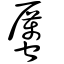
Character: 𧓽